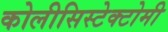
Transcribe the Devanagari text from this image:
कोलीसिस्टेक्टोमी